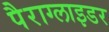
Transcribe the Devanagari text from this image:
पैराग्लाइडर